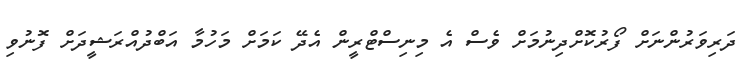
ދަރިވަރުންނަށް ފޯރުކޮށްދިނުމަށް ވެސް އެ މިނިސްޓްރީން އެދޭ ކަމަށް މަހުމާ އަބްދުއްރަޝީދަށް ފޮނުވި